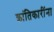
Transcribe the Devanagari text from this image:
क्रांतिकारींना